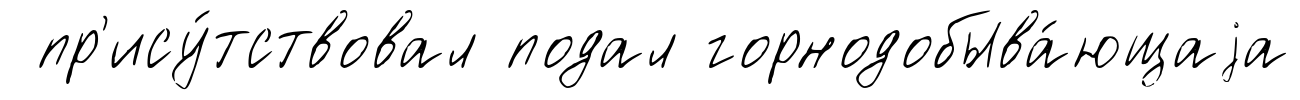
пр'ису́тствовал подал горнодобыва́ющаjа